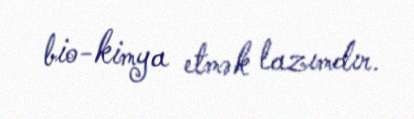
bio-kimya etmək lazımdır.